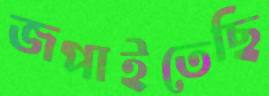
জপাইতেছি